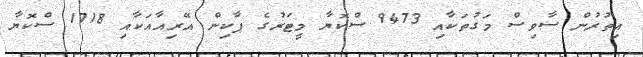
އިތުރުން ސާވިސް މަގުތަކާއި 9473 ސްކޮޔާ މީޓަރުގެ ޕާކިން އޭރިއާއަކާއި 1718 ސްކޮޔާ